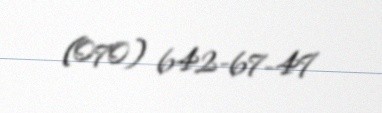
(070) 642-67-47